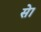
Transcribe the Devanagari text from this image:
सेा